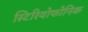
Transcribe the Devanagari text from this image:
स्टिरियोफोनिक